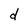
Character: d